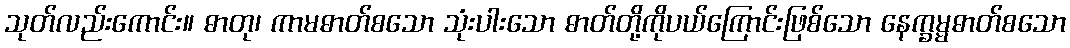
သုတ်လည်းကောင်း။ ဓာတု၊ ကာမဓာတ်စသော သုံးပါးသော ဓာတ်တို့ကိုပယ်ကြောင်းဖြစ်သော နေက္ခမ္မဓာတ်စသော